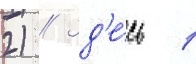
2) // Зд'е́сь 1